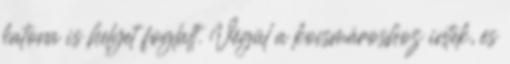
katona is helyet foglalt. Végül a kocsmároshoz intek, és